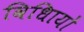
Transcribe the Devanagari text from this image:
विधिायों